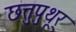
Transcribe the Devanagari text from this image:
छत्तुपुथूर्